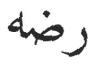
رضه